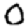
Digit: 0